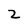
Character: 2